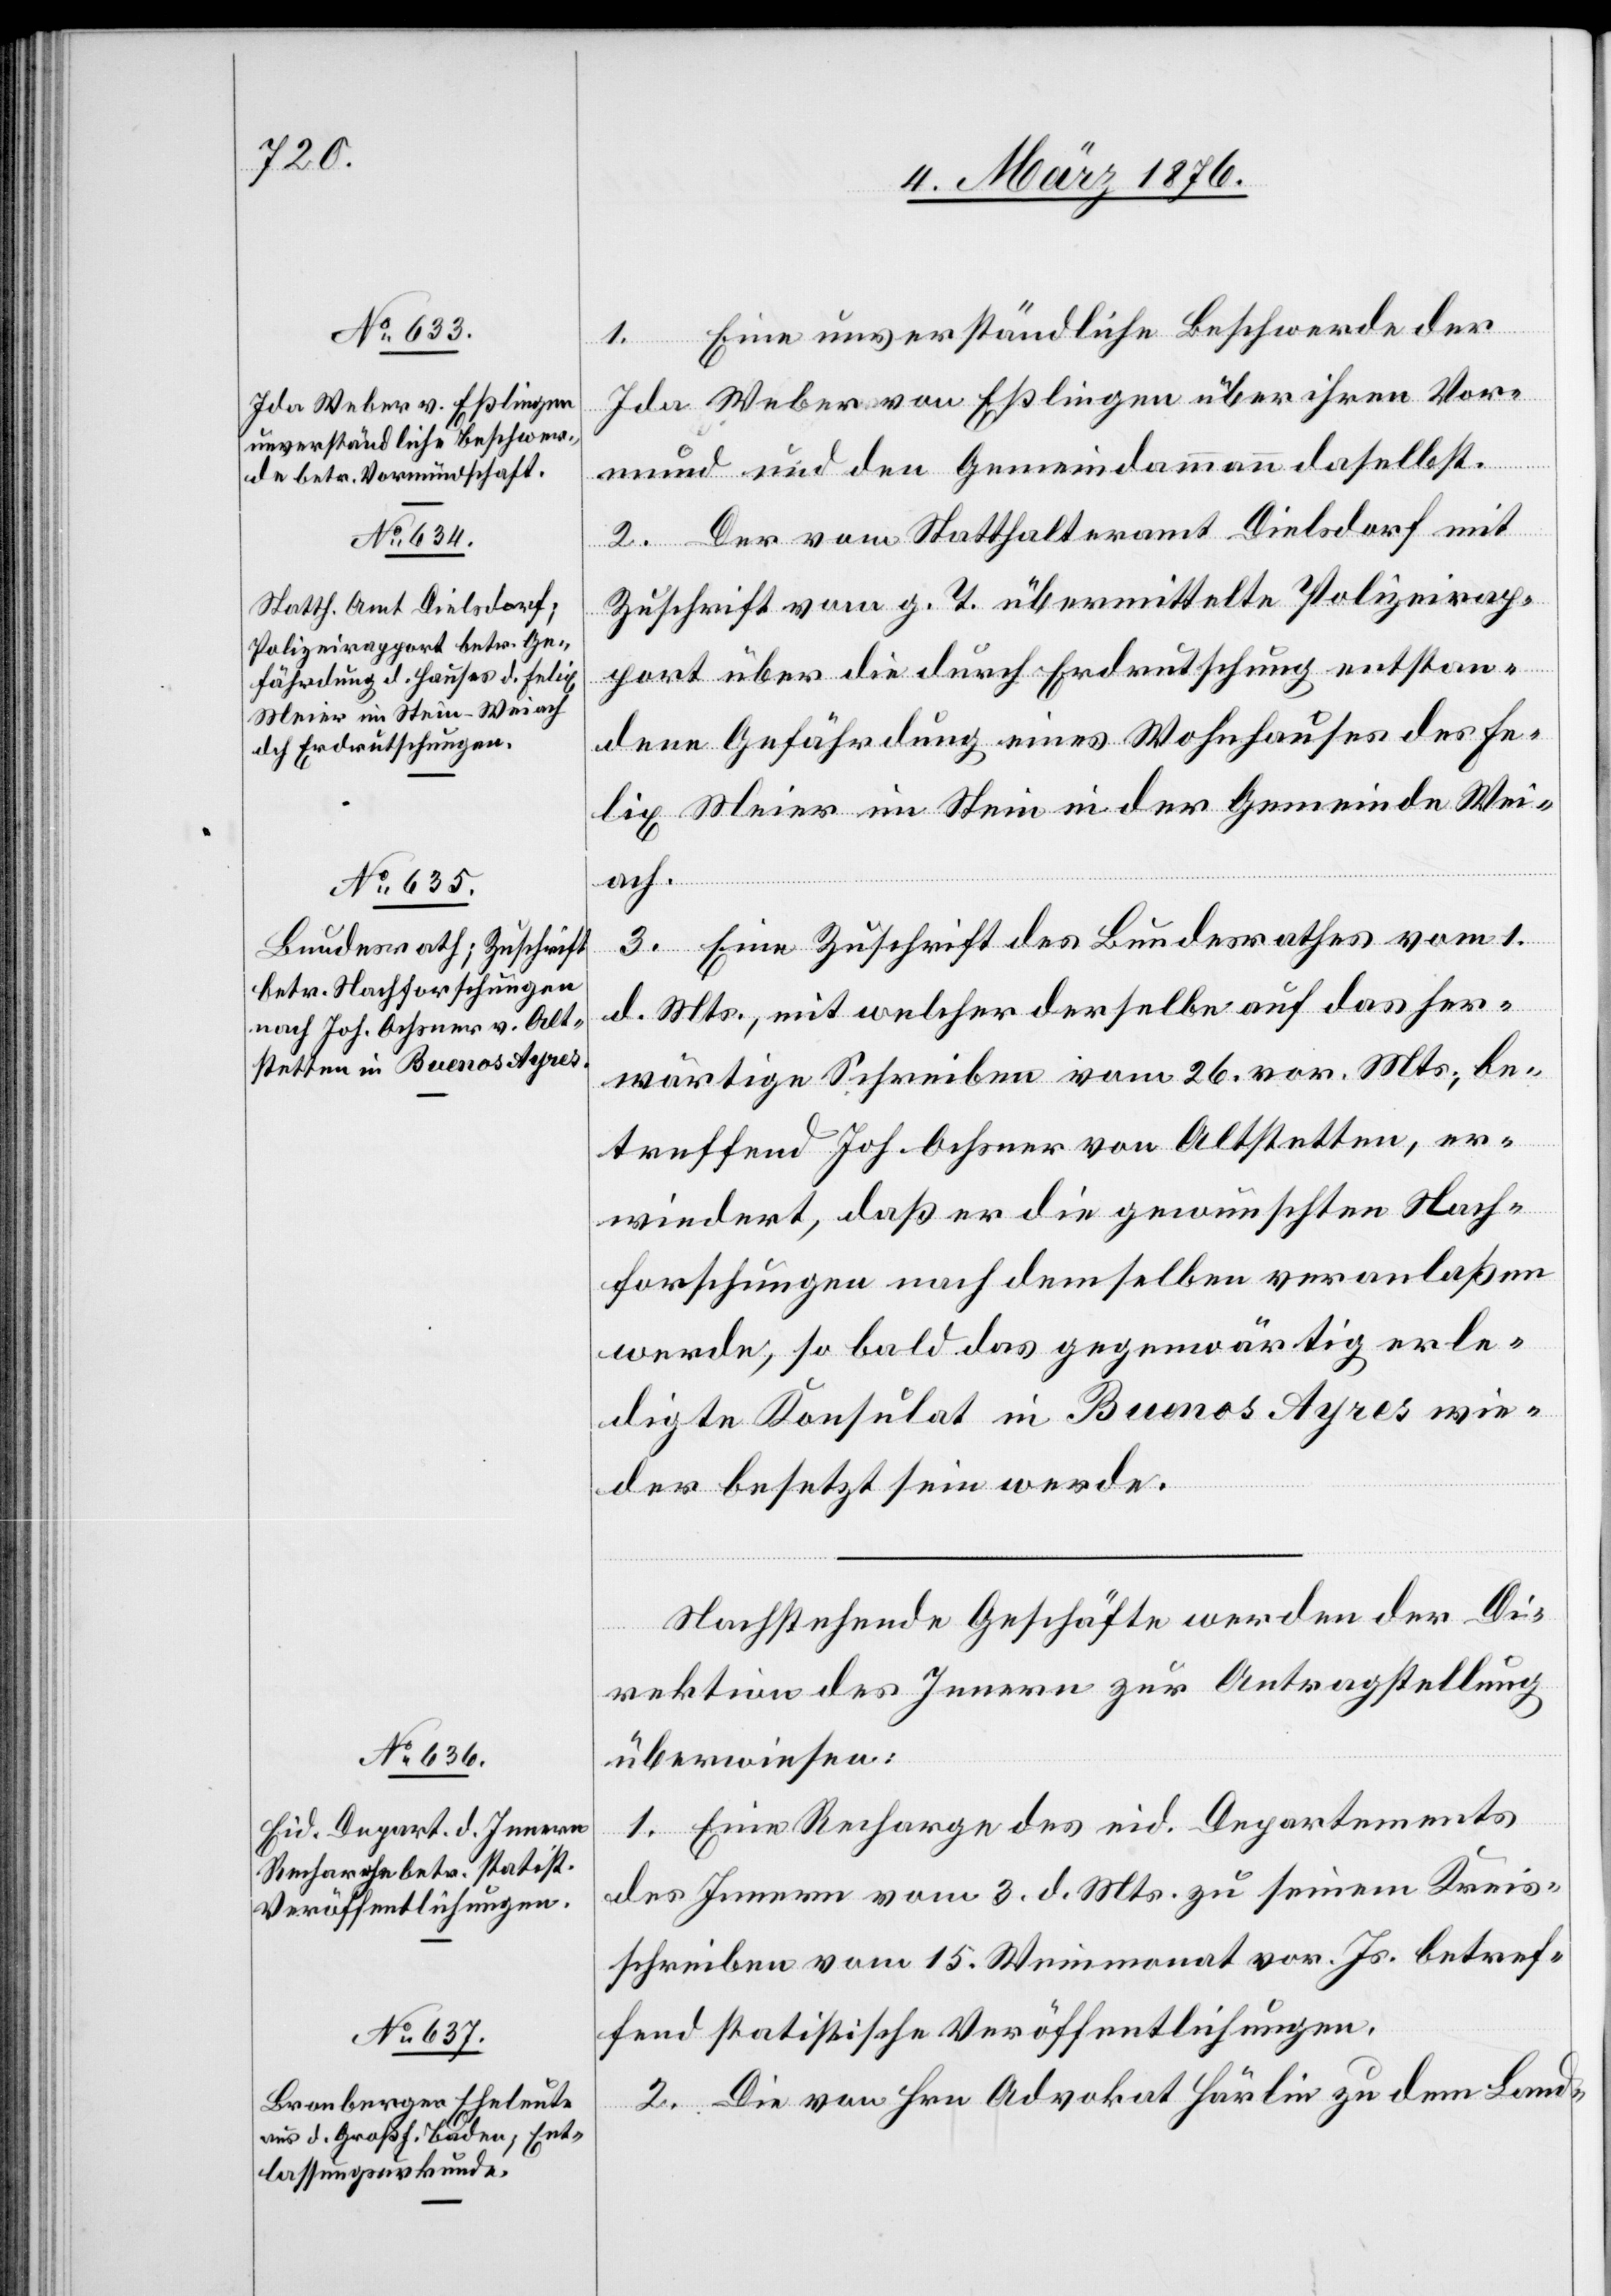
7. März 1876.]
1. Eine unverständliche Beschwerde der
Ida Weber von Eßlingen über ihren Vor¬
mund und den Gemeindammann daselbst.
2. Der vom Statthalteramt Dielsdorf mit
Zuschrift vom g. T. übermittelte Polizeirap¬
port über die durch Erdrutschung entstan¬
dene Gefährdung eines Wohnhauses des Fe¬
lix Meier im Stein in der Gemeinde Wei¬
ach.
3. Eine Zuschrift des Bundesrathes vom 1.
d. Mts., mit welcher derselbe auf das her¬
wärtige Schreiben vom 26. vor. Mts., be¬
treffend Joh. Ochsner von Altstetten, er¬
wiedert, daß er die gewünschten Nach¬
forschungen nach demselben veranlaßen
werde, so bald das gegenwärtig erle¬
digte Konsulat in Buenos Ayres wie¬
der besetzt sein werde.
Nachstehende Geschäfte werden der Di¬
rektion des Innern zur Antragstellung
überwiesen:
1. Eine Recharge des eid. Departements
des Innern vom 3. d. Mts. zu seinem Kreis¬
schreiben vom 15. Weinmonat vor. Js. betref¬
fend statistische Veröffentlichungen.
2. Die von Hrn Advokat Härlin zu dem Land-